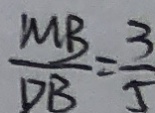
\frac { M B } { D B } = \frac { 3 } { 5 }